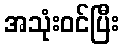
အသုံးဝင်ပြီး